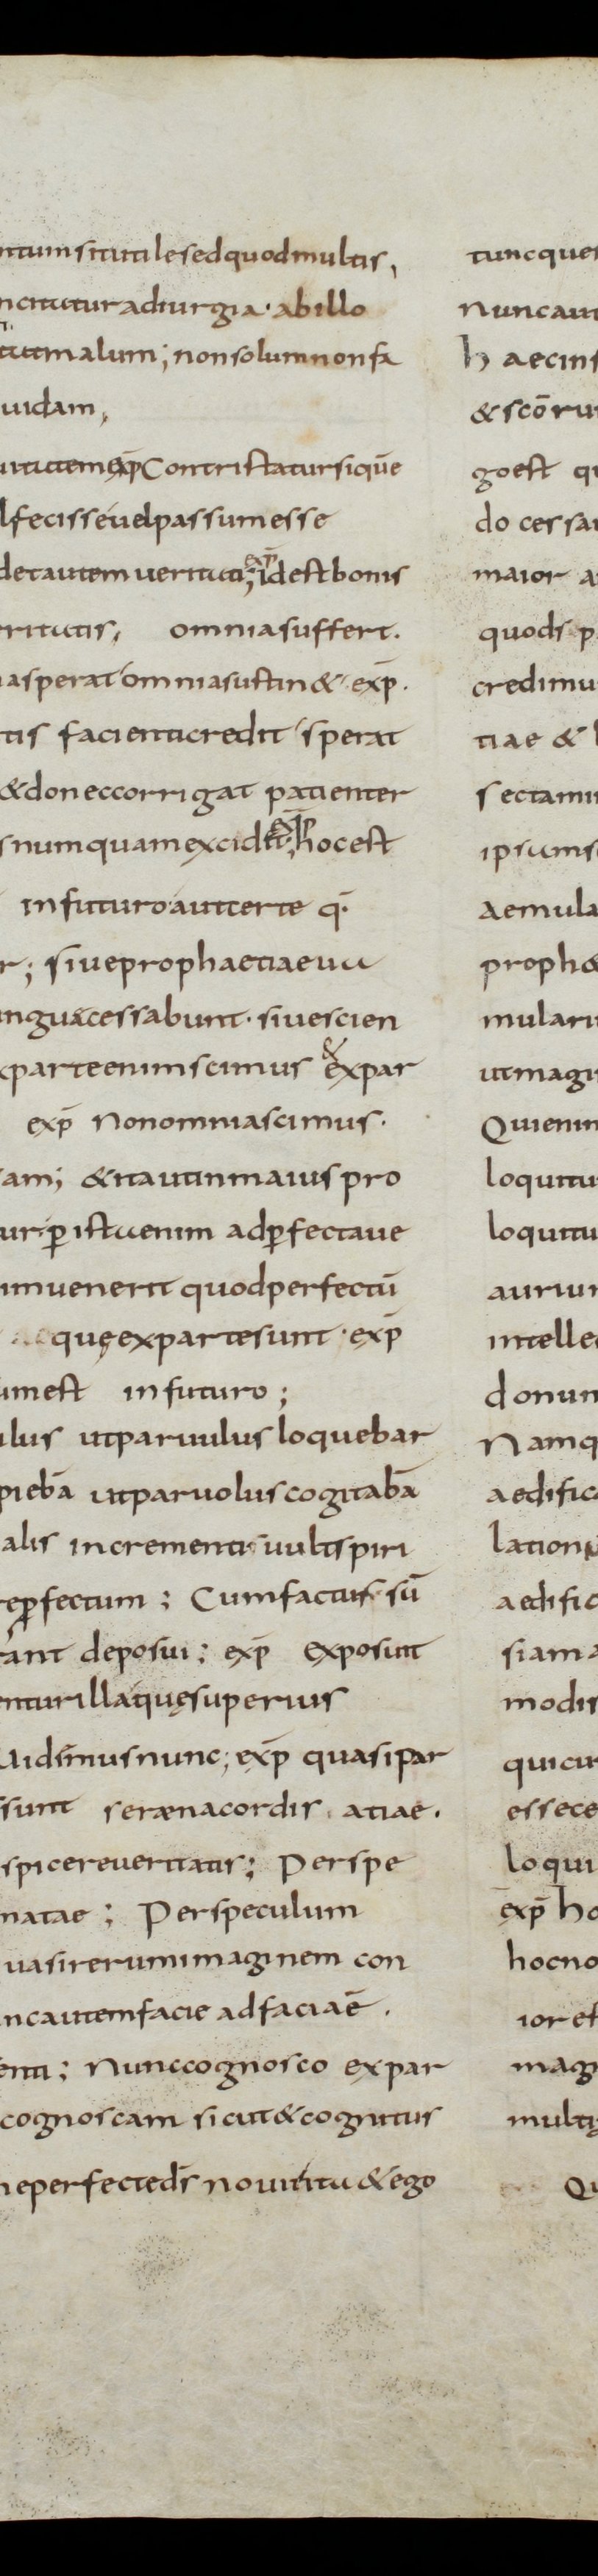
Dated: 800–830